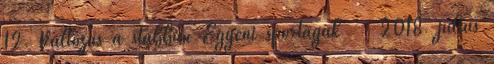
12. Változás a stábban Egyéni sportágak 2018. július